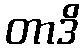
တာဒိ